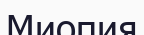
Миопия